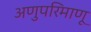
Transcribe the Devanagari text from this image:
अणुपरिमाणू